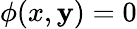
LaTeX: \phi(x,\mathbf{y})=0